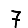
Digit: 7